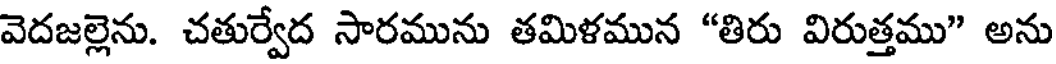
వెదజల్లెను. చతుర్వేద సారమును తమిళమున "తిరు విరుత్తము" అను